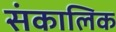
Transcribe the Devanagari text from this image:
संकालिक